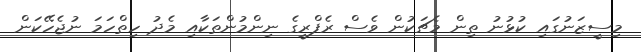
މިސީޒަނުގައި ކުޅުނު ތިން މެޗަކުން ވެސް ރެފްރީގެ ނިންމުންތަކާއި މެދު ހިތްހަމަ ނުޖެހޭކަން